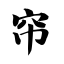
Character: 帘